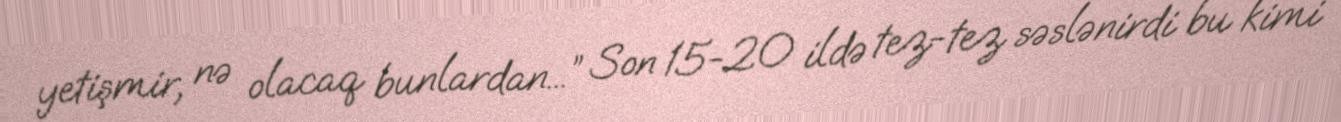
yetişmir, nə olacaq bunlardan...” Son 15-20 ildə tez-tez səslənirdi bu kimi